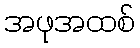
အဖုအထစ်